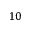
1 0